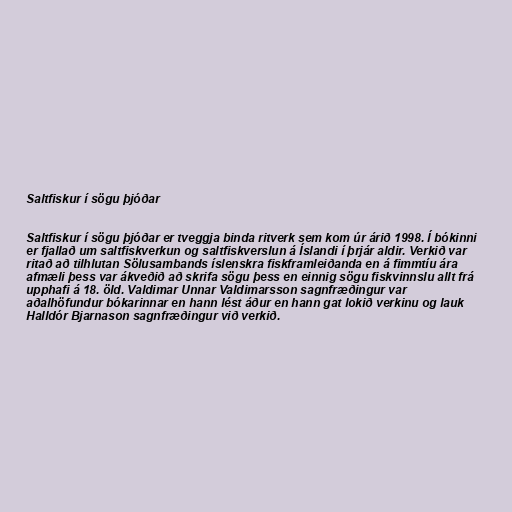
Saltfiskur í sögu þjóðar

Saltfiskur í sögu þjóðar er tveggja binda ritverk sem kom úr árið 1998. Í bókinni
er fjallað um saltfiskverkun og saltfiskverslun á Íslandi í þrjár aldir. Verkið var
ritað að tilhlutan Sölusambands íslenskra fiskframleiðanda en á fimmtíu ára
afmæli þess var ákveðið að skrifa sögu þess en einnig sögu fiskvinnslu allt frá
upphafi á 18. öld. Valdimar Unnar Valdimarsson sagnfræðingur var
aðalhöfundur bókarinnar en hann lést áður en hann gat lokið verkinu og lauk
Halldór Bjarnason sagnfræðingur við verkið.